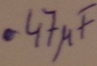
Text: .47µF